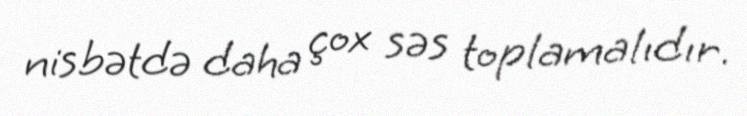
nisbətdə daha çox səs toplamalıdır.